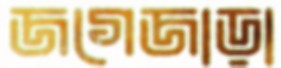
জগেজাড়া